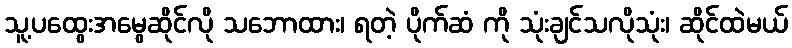
သူ့ပထွေးအမွေဆိုင်လို သဘောထား၊ ရတဲ့ ပိုက်ဆံ ကို သုံးချင်သလိုသုံး၊ ဆိုင်ထဲမယ်